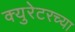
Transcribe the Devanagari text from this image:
क्युरेटरच्या